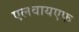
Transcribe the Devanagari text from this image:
एलवायएफ